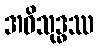
အဝိသုဒ္ဓဿ